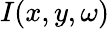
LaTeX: I(x,y,\omega)